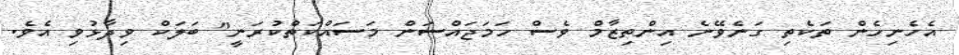
އެހެނިހެން ތަކެތި ގަނެވޭނެ އިންތިޒާމް ވެސް ހަމަޖައްސަން މަސައްކަތްކުރަނީ" ބަލަކް ވިދާޅުވި އެވެ.